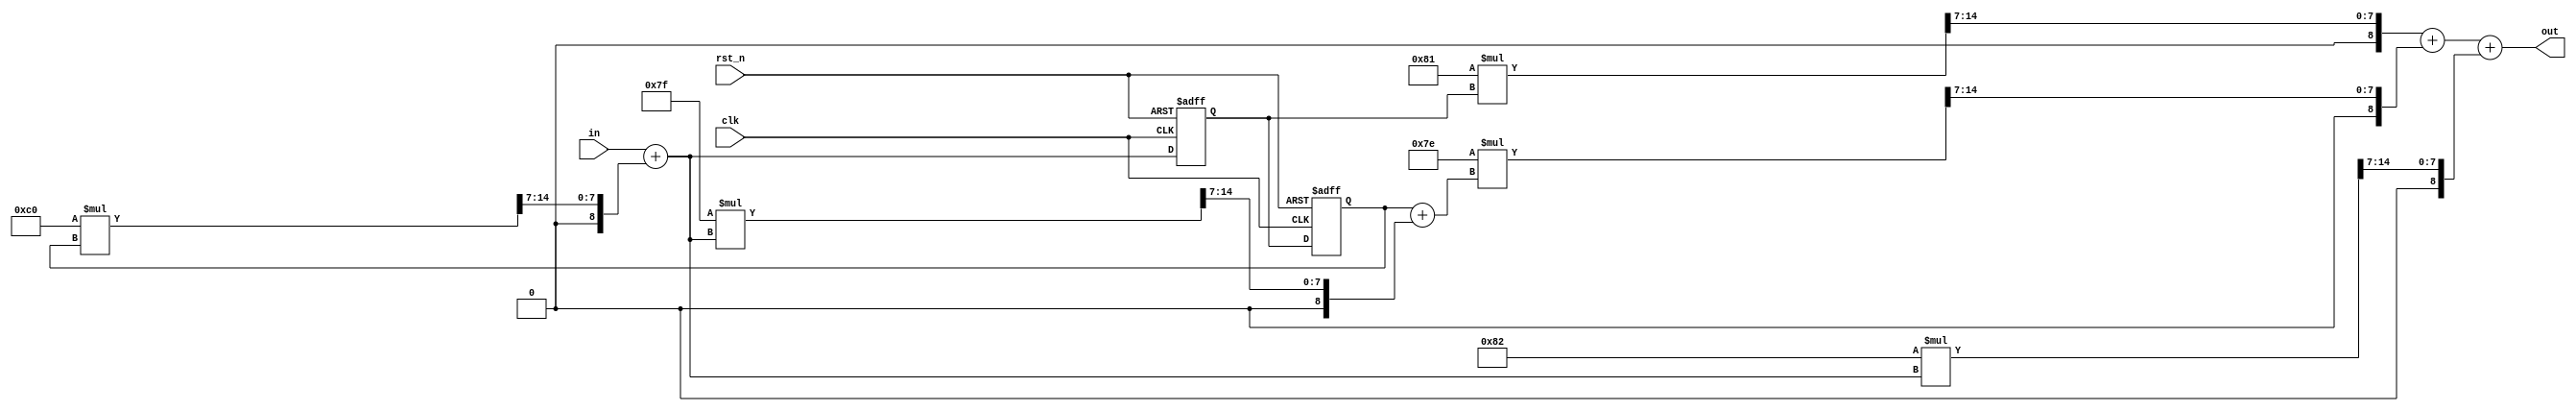
module folded 
#(
parameter signed m1 = 8'b11000000,//-64
parameter signed m2 = 8'b01111111,//127
parameter signed m3 = 8'b01111110,//126
parameter signed m4 = 8'b10000001,//-127
parameter signed m5 = 8'b10000010//-126
)
(in,clk,rst_n,out);
input signed [7:0] in;
input rst_n;
input clk;
output signed [8:0] out;

//reg
reg signed [8:0] delay_1_buffer_in;
reg signed [8:0] delay_2_buffer_in;

//wire
wire signed [8:0] temp_1_wire = in + temp_2_wire;//A2
wire signed [8:0] temp_2_wire = {temp_2_wire_temp[17],temp_2_wire_temp[14:7]};
wire signed [8:0] temp_3_wire = {temp_3_wire_temp[17],temp_3_wire_temp[14:7]};
wire signed [8:0] temp_4_wire = delay_2_buffer_in + temp_3_wire;//A1
wire signed [8:0] temp_5_wire = {temp_5_wire_temp[17],temp_5_wire_temp[14:7]};
wire signed [8:0] temp_6_wire = {temp_6_wire_temp[17],temp_6_wire_temp[14:7]};
wire signed [8:0] temp_7_wire = temp_6_wire + temp_5_wire;//A3
wire signed [8:0] temp_8_wire = {temp_8_wire_temp[17],temp_8_wire_temp[14:7]};

wire signed [17:0] temp_2_wire_temp = m1 * delay_2_buffer_in ;//M1
wire signed [17:0] temp_3_wire_temp = m2 * temp_1_wire ;//M2
wire signed [17:0] temp_5_wire_temp = m3 * temp_4_wire ;//M3
wire signed [17:0] temp_6_wire_temp = m4 * delay_1_buffer_in ;//M4
wire signed [17:0] temp_8_wire_temp = m5 * temp_1_wire ;//M8

//wire signed [17:0] temp_2_wire_temp = `M1 * delay_2_buffer_in ;
//wire signed [17:0] temp_3_wire_temp = `M2 * temp_2_wire ;
//wire signed [17:0] temp_5_wire_temp = `M3 * temp_4_wire ;
//wire signed [17:0] temp_6_wire_temp = `M4 * delay_1_buffer_in ;
//wire signed [17:0] temp_8_wire_temp = `M5 * temp_1_wire ;

//output
assign out = temp_7_wire + temp_8_wire;//A4

//delay_1_buffer_in
always @(posedge clk or negedge rst_n) begin
    if(~rst_n) begin
        delay_1_buffer_in <= 'd0;
    end 
    else begin
        delay_1_buffer_in <= temp_1_wire;
    end
end
//delay_2_buffer_in
always @(posedge clk or negedge rst_n) begin
    if(~rst_n) begin
        delay_2_buffer_in <= 'd0;
    end 
    else begin
        delay_2_buffer_in <= delay_1_buffer_in;
    end
end

endmodule